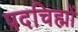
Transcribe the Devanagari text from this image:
पदचिह्मों